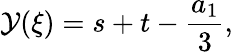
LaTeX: {\cal{Y}}(\xi)=s+t-\frac{a_{1}}{3},